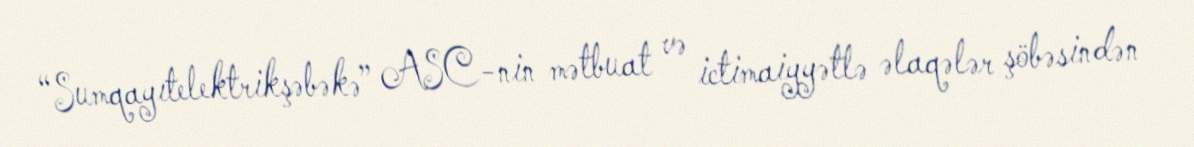
“Sumqayıtelektrikşəbəkə” ASC-nin mətbuat və ictimaiyyətlə əlaqələr şöbəsindən